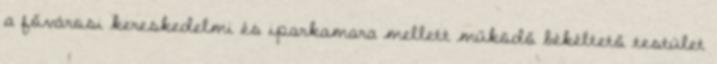
a fővárosi kereskedelmi és iparkamara mellett működő békéltető testület